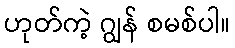
ဟုတ်ကဲ့ ဂျွန် စမစ်ပါ။